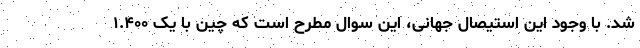
شد. با وجود این استیصال جهانی، این سوال مطرح است که چین با یک ۱.۴۰۰